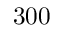
3 0 0